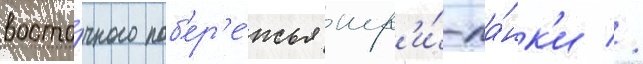
восто́чного поб'ер'е́жья шр'и́-ла́нк'и //